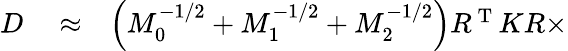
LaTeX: \begin{array}{rlr}{D}&{{}\approx}&{\left(M_{0}^{-1/2}+M_{1}^{-1/2}+M_{2}^{-1/2}\right)R^{\mathrm{~T~}}KR\times}\end{array}